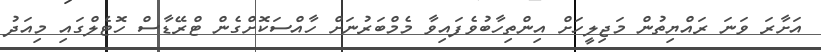
އަށާރަ ވަނަ ރައްޔިތުން މަޖިލީހަށް އިންތިހާބުވެފައިވާ މެމްބަރުނަށް ހާއްސަކޮށްގެން ޓްރޭޑާސް ހޮޓެލްގައި މިއަދު